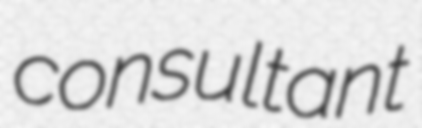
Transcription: consultant